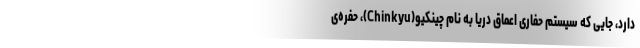
دارد، جایی که سیستم حفاری اعماق دریا به نام چینکیو(Chinkyu)، حفره‌ی